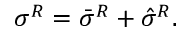
\sigma ^ { R } = \bar { \sigma } ^ { R } + \hat { \sigma } ^ { R } .